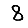
Digit: 8